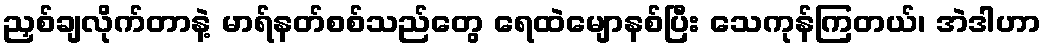
ညှစ်ချလိုက်တာနဲ့ မာရ်နတ်စစ်သည်တွေ ရေထဲမျောနစ်ပြီး သေကုန်ကြတယ်၊ အဲဒါဟာ